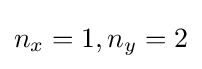
n_{x}=1,n_{y}=2